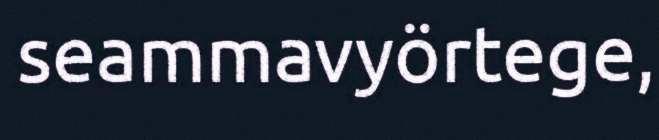
seammavyörtege,